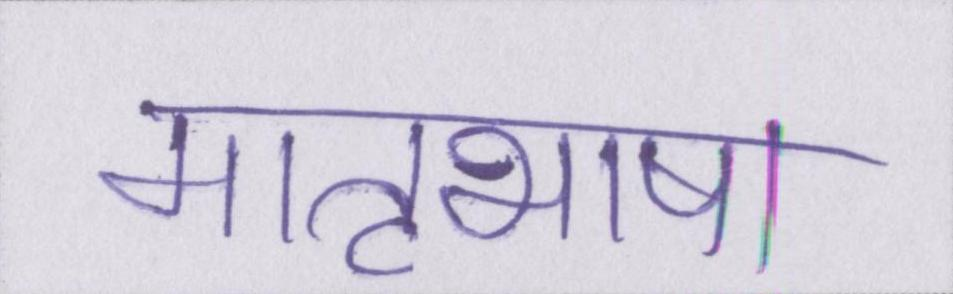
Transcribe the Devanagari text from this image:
मातृभाषा